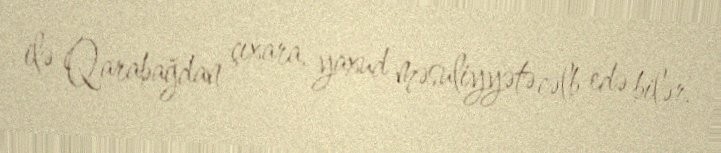
ilə Qarabağdan çıxara, yaxud məsuliyyətə cəlb edə bilər.